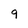
Character: 9